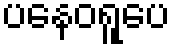
ပနေဝရူပေ